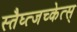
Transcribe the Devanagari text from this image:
स्तैघ्त्जच्केत्स्